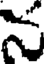
న